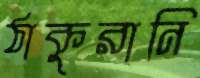
ঠাকুরানি